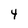
Character: 4